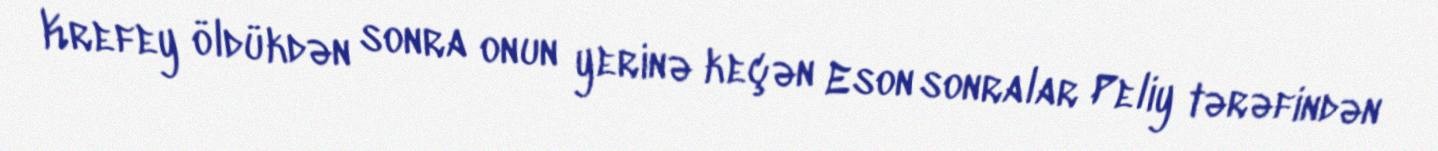
Krefey öldükdən sonra onun yerinə keçən Eson sonralar Peliy tərəfindən